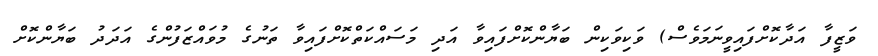
ވަޒީފާ އަދާކޮށްފައިވީނަމަވެސް) ވަކިވަކިން ބަޔާންކޮށްފައިވާ އަދި މަސައްކަތްކޮށްފައިވާ ތަނުގެ މުވައްޒަފުންގެ އަދަދު ބަޔާންކޮށް